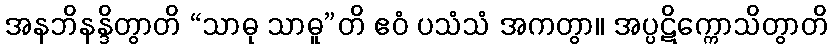
အနဘိနန္ဒိတွာတိ “သာဓု သာဓူ”တိ ဧဝံ ပသံသံ အကတွာ။ အပ္ပဋိက္ကောသိတွာတိ